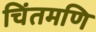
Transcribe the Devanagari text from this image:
चिंतमणि